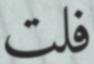
فلت